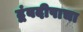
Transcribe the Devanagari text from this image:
द्वंबदीपाचा